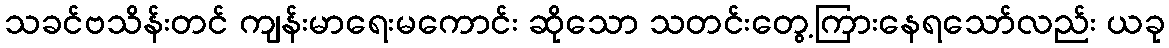
သခင်ဗသိန်းတင် ကျန်းမာရေးမကောင်း ဆိုသော သတင်းတွေ့ကြားနေရသော်လည်း ယခု